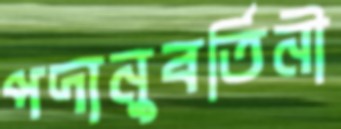
পদানুবর্তিনী